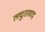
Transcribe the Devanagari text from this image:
लघुतावाद